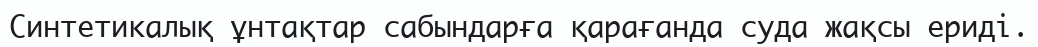
Синтетикалық ұнтақтар сабындарға қарағанда суда жақсы ериді.